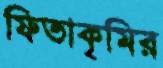
ফিতাকৃমির